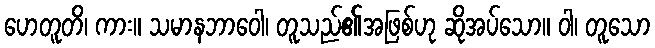
ဟေတူတိ၊ ကား။ သမာနဘာဝေါ၊ တူသည်၏အဖြစ်ဟု ဆိုအပ်သော။ ဝါ၊ တူသော